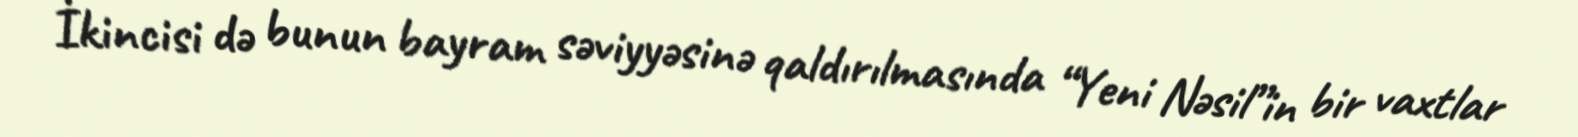
İkincisi də bunun bayram səviyyəsinə qaldırılmasında “Yeni Nəsil”in bir vaxtlar